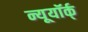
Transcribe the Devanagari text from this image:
न्यूयॉर्क्